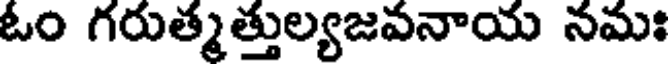
ఓం గరుత్మత్తుల్యజవనాయ నమః